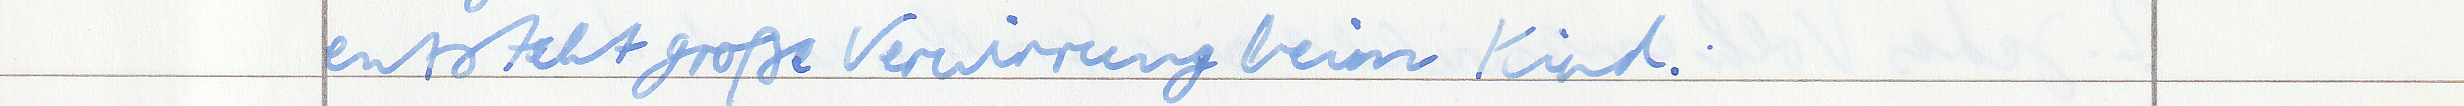
entsteht große Verwirrung beim Kind.